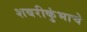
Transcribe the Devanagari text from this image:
शबरीकुंभाचे